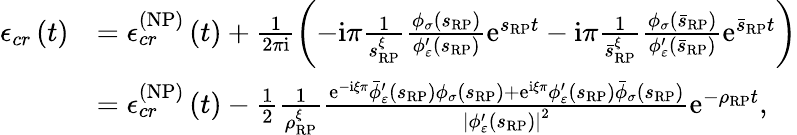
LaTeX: \begin{array}{rl}{\mathcal{\epsilon}_{cr}\left(t\right)}&{=\mathcal{\epsilon}_{cr}^{\left(\mathrm{NP}\right)}\left(t\right)+\frac{1}{2\pi\mathrm{i}}\left(-\mathrm{i}\pi\frac{1}{s_{\scriptscriptstyle{\mathrm{RP}}}^{\xi}}\frac{\phi_{\sigma}\left(s_{\scriptscriptstyle{\mathrm{RP}}}\right)}{\phi_{\varepsilon}^{\prime}\left(s_{\scriptscriptstyle{\mathrm{RP}}}\right)}\mathrm{e}^{s_{\scriptscriptstyle{\mathrm{RP}}}t}-\mathrm{i}\pi\frac{1}{\bar{s}_{\scriptscriptstyle{\mathrm{RP}}}^{\xi}}\frac{\phi_{\sigma}\left(\bar{s}_{\scriptscriptstyle{\mathrm{RP}}}\right)}{\phi_{\varepsilon}^{\prime}\left(\bar{s}_{\scriptscriptstyle{\mathrm{RP}}}\right)}\mathrm{e}^{\bar{s}_{\scriptscriptstyle{\mathrm{RP}}}t}\right)}\\ &{=\mathcal{\epsilon}_{cr}^{\left(\mathrm{NP}\right)}\left(t\right)-\frac{1}{2}\frac{1}{\rho_{\scriptscriptstyle{\mathrm{RP}}}^{\xi}}\frac{\mathrm{e}^{-\mathrm{i}\xi\pi}\bar{\phi}_{\varepsilon}^{\prime}\left(s_{\scriptscriptstyle{\mathrm{RP}}}\right)\phi_{\sigma}\left(s_{\scriptscriptstyle{\mathrm{RP}}}\right)+\mathrm{e}^{\mathrm{i}\xi\pi}\phi_{\varepsilon}^{\prime}\left(s_{\scriptscriptstyle{\mathrm{RP}}}\right)\bar{\phi}_{\sigma}\left(s_{\scriptscriptstyle{\mathrm{RP}}}\right)}{\left\vert\phi_{\varepsilon}^{\prime}\left(s_{\scriptscriptstyle{\mathrm{RP}}}\right)\right\vert^{2}}\mathrm{e}^{-\rho_{\scriptscriptstyle{\mathrm{RP}}}t},}\end{array}